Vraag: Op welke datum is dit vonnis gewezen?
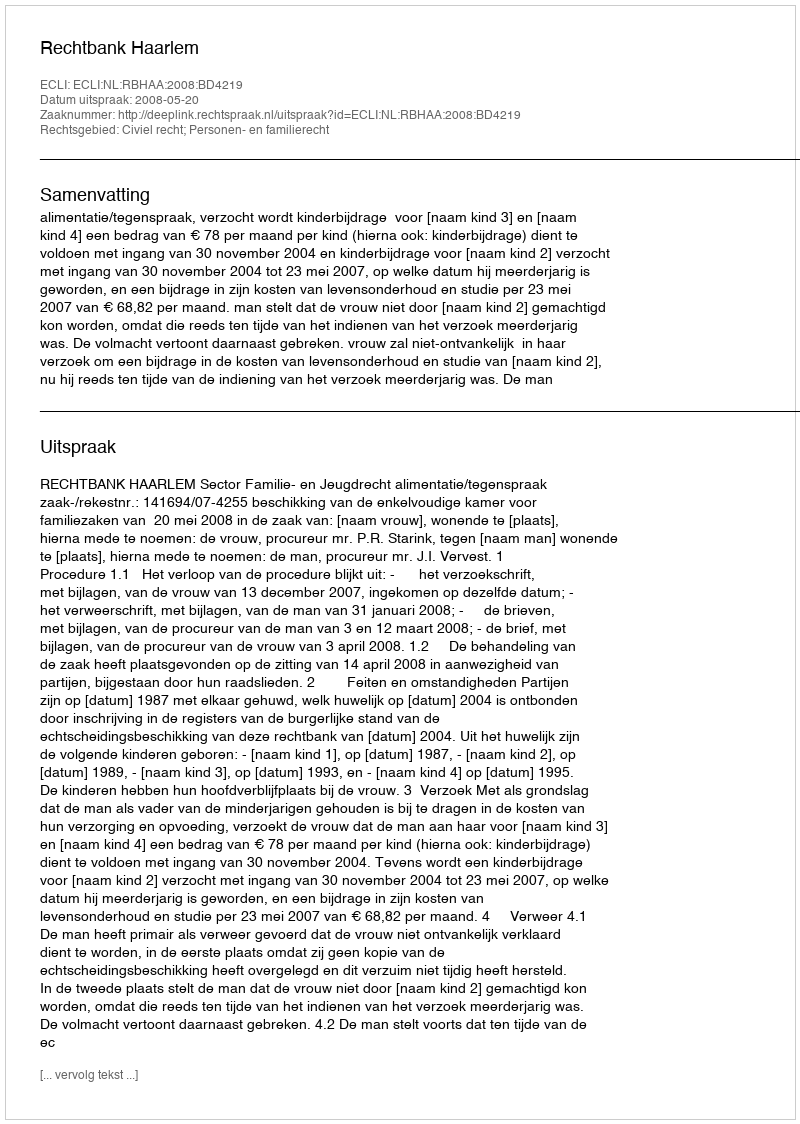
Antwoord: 2008-05-20